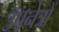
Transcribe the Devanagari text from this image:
उपनेत्रों